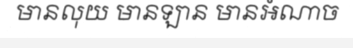
មានលុយ មានឡាន មានអំណាច